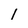
Character: I